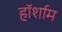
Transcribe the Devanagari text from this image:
हॉर्शाम